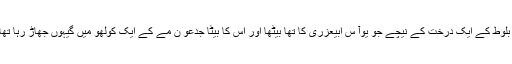
11پِھر خُداوند کا فرِشتہ آ کر عُفر ہ میں بلُوط کے ایک درخت کے نِیچے جو یُوآ س ابیعزری کا تھا بَیٹھا اور اُس کا بیٹا جِدعو ن مَے کے ایک کولُھو میں گیہُوں جھاڑ رہا تھا تاکہ اُس کو مِدیانیوں سے چُھپا رکھّے۔